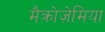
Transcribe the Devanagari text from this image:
मैक्रोज़ेमिया